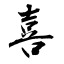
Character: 喜